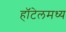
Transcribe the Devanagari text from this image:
हॉटेलमध्य